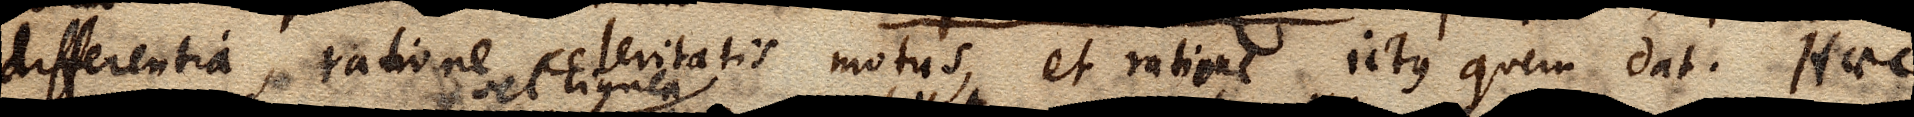
differentia, ratione celeritatis motus, et ratione ictus quem dat. Haec